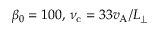
\beta _ { 0 } = 1 0 0 , \, \nu _ { \mathrm { c } } = 3 3 v _ { \mathrm { A } } / L _ { \perp }